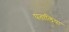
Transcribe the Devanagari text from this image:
पंतालिया